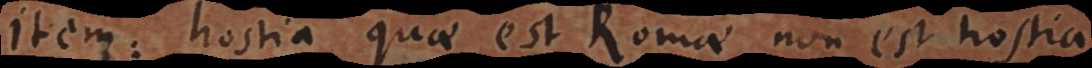
Item: hostia quae est Romae non est hostia